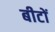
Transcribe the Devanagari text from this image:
बीटों